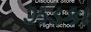
ઝડકા